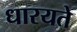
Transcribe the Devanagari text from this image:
धारयते